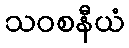
သဝစနီယံ